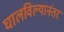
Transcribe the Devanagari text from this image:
घालविल्यानंतर